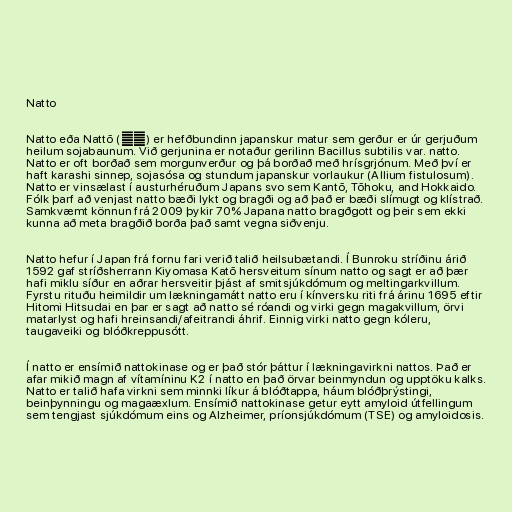
Natto

Natto eða Nattō (納豆) er hefðbundinn japanskur matur sem gerður er úr gerjuðum
heilum sojabaunum. Við gerjunina er notaður gerilinn Bacillus subtilis var. natto.
Natto er oft borðað sem morgunverður og þá borðað með hrísgrjónum. Með því er
haft karashi sinnep, sojasósa og stundum japanskur vorlaukur (Allium fistulosum).
Natto er vinsælast í austurhéruðum Japans svo sem Kantō, Tōhoku, and Hokkaido.
Fólk þarf að venjast natto bæði lykt og bragði og að það er bæði slímugt og klístrað.
Samkvæmt könnun frá 2009 þykir 70% Japana natto bragðgott og þeir sem ekki
kunna að meta bragðið borða það samt vegna siðvenju.

Natto hefur í Japan frá fornu fari verið talið heilsubætandi. Í Bunroku stríðinu árið
1592 gaf stríðsherrann Kiyomasa Katō hersveitum sínum natto og sagt er að þær
hafi miklu síður en aðrar hersveitir þjást af smitsjúkdómum og meltingarkvillum.
Fyrstu rituðu heimildir um lækningamátt natto eru í kínversku riti frá árinu 1695 eftir
Hitomi Hitsudai en þar er sagt að natto sé róandi og virki gegn magakvillum, örvi
matarlyst og hafi hreinsandi/afeitrandi áhrif. Einnig virki natto gegn kóleru,
taugaveiki og blóðkreppusótt.

Í natto er ensímið nattokinase og er það stór þáttur í lækningavirkni nattos. Það er
afar mikið magn af vítamíninu K2 í natto en það örvar beinmyndun og upptöku kalks.
Natto er talið hafa virkni sem minnki líkur á blóðtappa, háum blóðþrýstingi,
beinþynningu og magaæxlum. Ensímið nattokinase getur eytt amyloid útfellingum
sem tengjast sjúkdómum eins og Alzheimer, príonsjúkdómum (TSE) og amyloidosis.